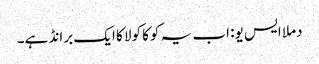
دملا ایس یو: اب یہ کوکا کولا کا ایک برانڈ ہے۔